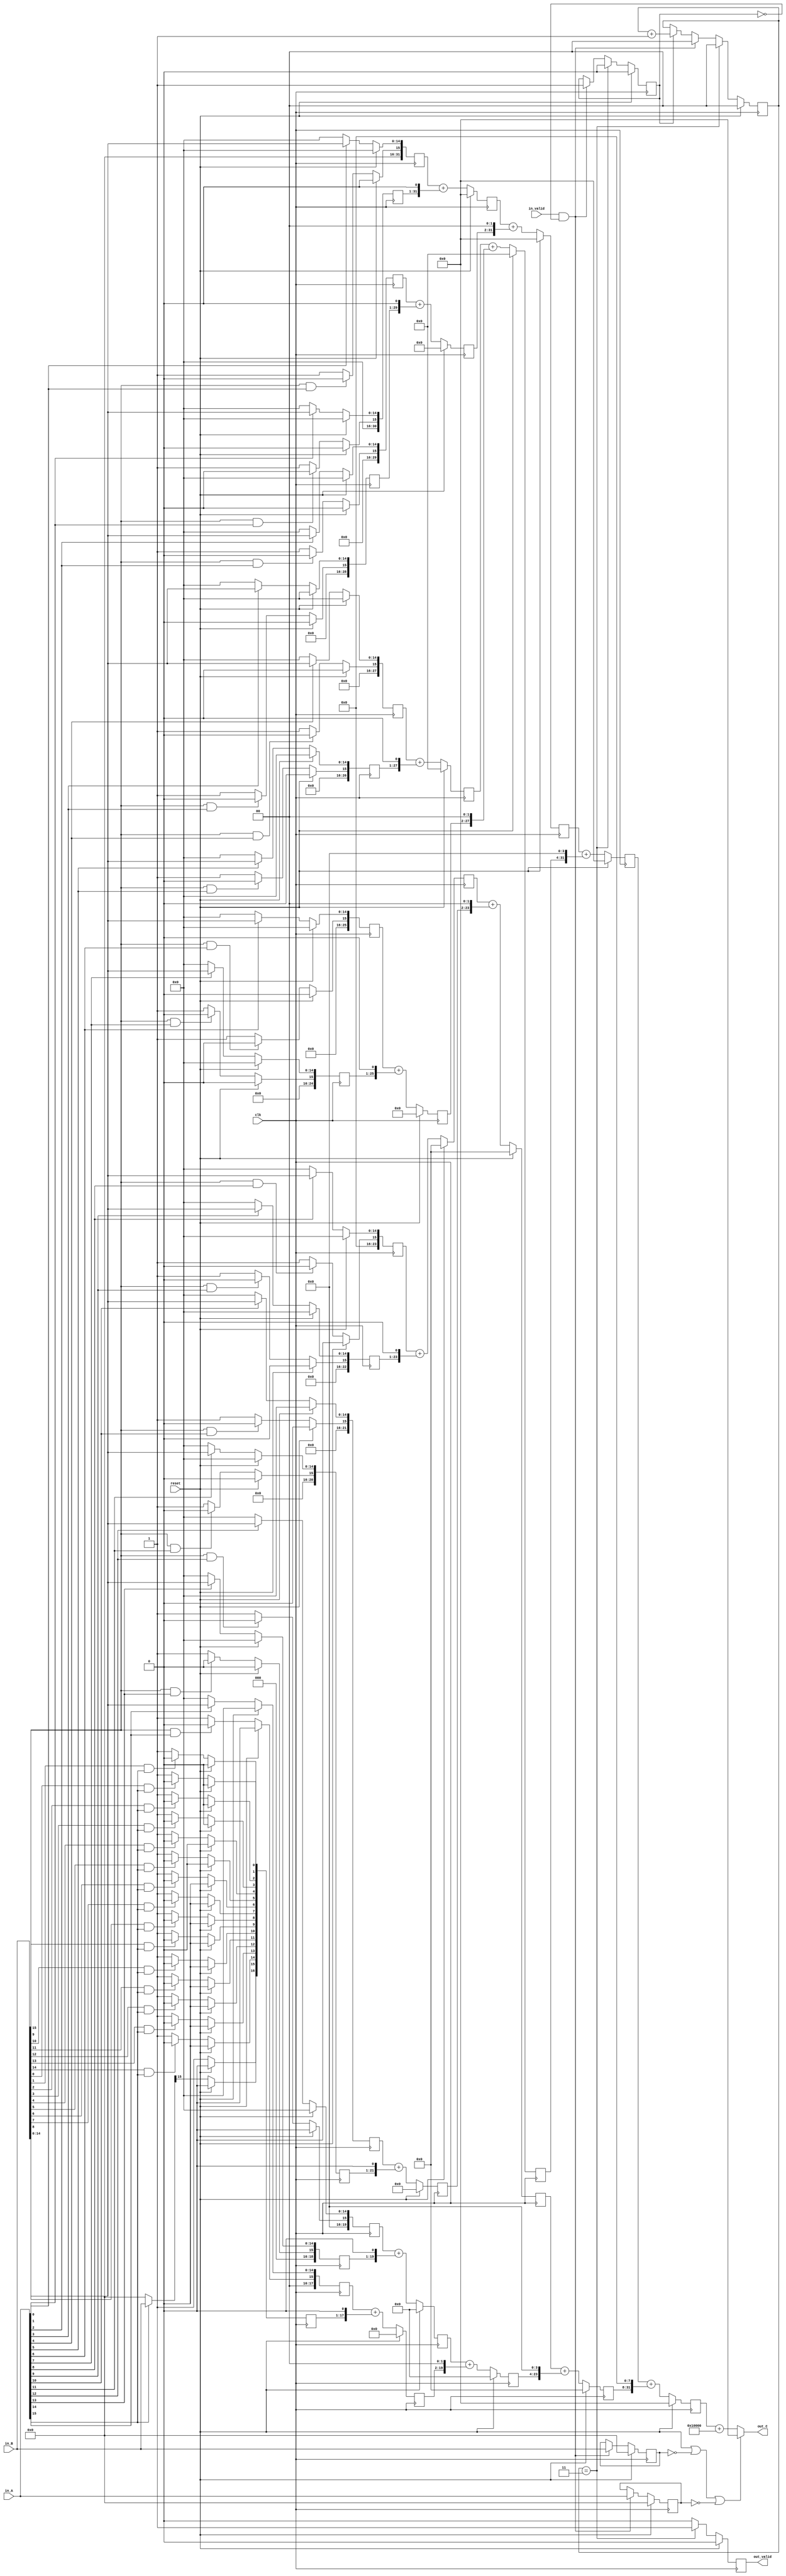
module multiply #(parameter A_WIDTH=16, B_WIDTH=16)
(clk, reset, in_valid, out_valid, in_A, in_B, out_C); // C=A*B

`ifdef FORMAL
parameter A_WIDTH = 6;
parameter B_WIDTH = 6;
`endif

input clk, reset;
input in_valid; // to signify that in_A, in_B are valid, multiplication process can start
input signed [(A_WIDTH-1):0] in_A;
input signed [(B_WIDTH-1):0] in_B;
output signed [(A_WIDTH+B_WIDTH-1):0] out_C;
output reg out_valid; // to signify that out_C is valid, multiplication finished

/* 
   This signed multiplier code architecture is a combination of row adder tree and 
   modified baugh-wooley algorithm, thus requires an area of O(N*M*logN) and time O(logN)
   with M, N being the length(bitwidth) of the multiplicand and multiplier respectively

   see https://i.imgur.com/NaqjC6G.png (1+1=10 in binary, but it is denoted as 2 here) or 
   Row Adder Tree Multipliers in http://www.andraka.com/multipli.php or
   https://pdfs.semanticscholar.org/415c/d98dafb5c9cb358c94189927e1f3216b7494.pdf#page=10
   regarding the mechanisms within all layers

   In terms of fmax consideration: In the case of an adder tree, the adders making up the levels
   closer to the input take up real estate (remember the structure of row adder tree).  As the 
   size of the input multiplicand bitwidth grows, it becomes more and more difficult to find a
   placement that does not use long routes involving multiple switch nodes for FPGA.  The result
   is the maximum clocking speed degrades quickly as the size of the bitwidth grows.

   For signed multiplication, see also modified baugh-wooley algorithm for trick in skipping 
   sign extension (implemented as verilog example in https://www.dsprelated.com/showarticle/555.php),
   thus smaller final routed silicon area.
   https://stackoverflow.com/questions/54268192/understanding-modified-baugh-wooley-multiplication-algorithm/

   All layers are pipelined, so throughput = one result for each clock cycle 
   but each multiplication result still have latency = NUM_OF_INTERMEDIATE_LAYERS 
*/


// The multiplication of two numbers is equivalent to adding as many copies of one 
// of them, the multiplicand, as the value of the other one, the multiplier.
// Therefore, multiplicand always have the larger width compared to multipliers

localparam SMALLER_WIDTH = (A_WIDTH <= B_WIDTH) ? A_WIDTH : B_WIDTH;
localparam LARGER_WIDTH = (A_WIDTH > B_WIDTH) ? A_WIDTH : B_WIDTH;

wire [(LARGER_WIDTH-1):0] MULTIPLICAND = (A_WIDTH > B_WIDTH) ? in_A : in_B ;
wire [(SMALLER_WIDTH-1):0] MULTIPLIER = (A_WIDTH <= B_WIDTH) ? in_A : in_B ;


// to keep the values of multiplicand and multiplier before the multiplication finishes 
reg signed [(LARGER_WIDTH-1):0] MULTIPLICAND_reg;
reg signed [(SMALLER_WIDTH-1):0] MULTIPLIER_reg;

always @(posedge clk)
begin
	if(reset) begin
		MULTIPLICAND_reg <= 0;
		MULTIPLIER_reg <= 0;
	end

	else if(in_valid && !multiply_had_started) 
	begin
		MULTIPLICAND_reg <= MULTIPLICAND;
		MULTIPLIER_reg <= MULTIPLIER;
	end
end


localparam NUM_OF_INTERMEDIATE_LAYERS = $clog2(SMALLER_WIDTH);


/*Binary multiplications and additions for partial products rows*/

// first layer has "SMALLER_WIDTH" entries of data of width "LARGER_WIDTH"
// This resulted in a binary tree with faster vertical addition processes as we have 
// lesser (NUM_OF_INTERMEDIATE_LAYERS) rows to add

// intermediate partial product rows additions
// Imagine a rhombus of height of "SMALLER_WIDTH" and width of "LARGER_WIDTH"
// being re-arranged into binary row adder tree
// such that additions can be done in O(logN) time

reg signed [(A_WIDTH+B_WIDTH-1):0] middle_layers[NUM_OF_INTERMEDIATE_LAYERS:0][0:(SMALLER_WIDTH-1)];

generate // duplicates the leafs of the binary tree

	// layer #0 means the youngest leaf, all the initial partial products are at this layer
	// layer #NUM_OF_INTERMEDIATE_LAYERS means the tree trunk, the final result is here
	genvar layer;

  	for(layer=0; layer<=NUM_OF_INTERMEDIATE_LAYERS; layer=layer+1) begin: intermediate_layers

		integer pp_index; // leaf index within each layer of the tree

		always @(posedge clk)
		begin
			if(reset) 
			begin
				for(pp_index=0; pp_index<SMALLER_WIDTH ; pp_index=pp_index+1)
					middle_layers[layer][pp_index] <= 0;
			end

			else begin		
	
				if(layer == 0)  // all partial products rows are in this first layer
				begin				
					// generation of partial products rows
					for(pp_index=0; pp_index<SMALLER_WIDTH ; pp_index=pp_index+1)
						middle_layers[layer][pp_index] <= MULTIPLIER[pp_index] ? MULTIPLICAND:0;	
						
					// see modified baugh-wooley algorithm: https://i.imgur.com/VcgbY4g.png from
					// page 122 of book: Ultra-Low-Voltage Design of Energy-Efficient Digital Circuits
					for(pp_index=0; pp_index<(SMALLER_WIDTH-1) ; pp_index=pp_index+1) // MSB inversion
						middle_layers[layer][pp_index][LARGER_WIDTH-1] <= 
					    (MULTIPLICAND[LARGER_WIDTH-1] & MULTIPLIER[pp_index]) ? 0:1;
						
					for(pp_index=0; pp_index<(LARGER_WIDTH-1) ; pp_index=pp_index+1) // last partial product row inversion
						middle_layers[layer][SMALLER_WIDTH-1][pp_index] <= 
						(MULTIPLICAND[pp_index] & MULTIPLIER[SMALLER_WIDTH-1]) ? 0:1;

					middle_layers[layer][SMALLER_WIDTH-1][LARGER_WIDTH] <= 1;
				end
				
				// Why    << (1<<(layer-1))    ?
				// Consider the case when SMALLER_WIDTH is not of power of two (2^x)
				// we need to fit in SMALLER_WIDTH rows of partial product into the binary tree
				else if(layer == NUM_OF_INTERMEDIATE_LAYERS)
				begin
						middle_layers[layer][0] <= 
						middle_layers[layer-1][0] +
    	          	   (middle_layers[layer-1][1] << (1<<(NUM_OF_INTERMEDIATE_LAYERS-1)));					
				end
				
				// adding the partial product rows according to row adder (binary) tree architecture
				else begin
					for(pp_index=0; pp_index< $ceil($itor(SMALLER_WIDTH)/(1 << layer)) ; pp_index=pp_index+1)
					begin
						if(pp_index==0)
							middle_layers[layer][pp_index] <=
							middle_layers[layer-1][0] +
		              	   (middle_layers[layer-1][1] << (1<<(layer-1)));

						else begin
							// ensures that the previous layer has valid item to be added
							if(((pp_index<<1)+1) < $ceil($itor(SMALLER_WIDTH)/(1 << (layer-1))))
							 middle_layers[layer][pp_index] <=
							 middle_layers[layer-1][pp_index<<1] +
		              		(middle_layers[layer-1][(pp_index<<1) + 1] << (1<<(layer-1)));

							// take care of odd value of multiplier (SMALLER_WIDTH) 
							// such as 3, so that the last odd partial row is forwarded
							// to the next layer for addition
							else 
							 middle_layers[layer][pp_index] <=
							 middle_layers[layer-1][pp_index<<1];
						end
		            end
		      	end
			end
		end
	end

endgenerate


assign out_C = (reset || (MULTIPLICAND_reg == 0) || (MULTIPLIER_reg == 0)) ? 0 :
			 	middle_layers[NUM_OF_INTERMEDIATE_LAYERS][0] 
				+ ((1 << (LARGER_WIDTH-1)) + (1 << (SMALLER_WIDTH-1)));

/*
This paragraph is to discuss the shortcomings of the published modified baugh-wooley algorithm
which does not handle the case where A_WIDTH != B_WIDTH

This code above had implemented the countermeasure described in https://i.imgur.com/8U3pX3C.png

The countermeasure does not do "To build a 6x4 multplier you can build a 6x6 multiplier, but replicate 
the sign bit of the short word 3 times, and ignore the top 2 bits of the result." , instead it uses 
some smart tricks/logic discussed in https://www.reddit.com/r/algorithms/comments/ar40e4/modified_baughwooley_multiplication_algorithm_for/egl46ml

Please use pencil and paper method (and signals waveform) to verify or understand this.
I did not do a rigorous math proof on this countermeasure.

The countermeasure is considered successful when assert(out_C == (MULTIPLICAND_reg * MULTIPLIER_reg)); 
passed during cover() verification
*/



/*Checking if the final multiplication result is ready or not*/

reg [($clog2(NUM_OF_INTERMEDIATE_LAYERS)-1):0] out_valid_counter; // to track the multiply stages
reg multiply_had_started;

always @(posedge clk)
begin
	if(reset) 
	begin
		multiply_had_started <= 0;
		out_valid <= 0;
		out_valid_counter <= 0;
	end

	else if(out_valid_counter == NUM_OF_INTERMEDIATE_LAYERS-1) begin
		multiply_had_started <= 0;
		out_valid <= 1;
		out_valid_counter <= 0;
	end
	
	else if(in_valid && !multiply_had_started) begin
		multiply_had_started <= 1;
		out_valid <= 0; // for consecutive multiplication
		out_valid_counter <= 0;
	end
	
	else begin
		out_valid <= 0;
		if(multiply_had_started) out_valid_counter <= out_valid_counter + 1;
	end
end


`ifdef FORMAL

reg sign_bit;

always @(posedge clk)
begin
	if(in_valid && !multiply_had_started)
		sign_bit <= MULTIPLICAND[LARGER_WIDTH-1] ^ MULTIPLIER[SMALLER_WIDTH-1];
end

initial assume(reset);
initial assume(in_valid == 0);


always @(posedge clk)
begin
	if(reset) assert(out_C == 0);
	
	else if(out_valid) 
	begin
		if((MULTIPLICAND_reg == 0) || (MULTIPLIER_reg == 0)) 
			assert(out_C == 0);

		else begin
			assert(out_C == (MULTIPLICAND_reg * MULTIPLIER_reg));
			assert(out_C[A_WIDTH+B_WIDTH-1] == sign_bit);
		end
	end
end

`endif

`ifdef FORMAL

wire signed [(A_WIDTH-1):0] negative_value_for_A = $anyconst;
wire signed [(A_WIDTH-1):0] positive_value_for_A = $anyconst;

wire signed [(B_WIDTH-1):0] negative_value_for_B = $anyconst;
wire signed [(B_WIDTH-1):0] positive_value_for_B = $anyconst;

always @(posedge clk)
begin
	assume(negative_value_for_A < 0);
	assume(negative_value_for_B < 0);

	assume(positive_value_for_A > 0);
	assume(positive_value_for_B > 0);
	
	cover(in_valid && (in_A == positive_value_for_A) && (in_B == positive_value_for_B));
	cover(in_valid && (in_A == negative_value_for_A) && (in_B == positive_value_for_B));
	cover(in_valid && (in_A == positive_value_for_A) && (in_B == negative_value_for_B));
	cover(in_valid && (in_A == negative_value_for_A) && (in_B == negative_value_for_B));
	//cover(in_valid && (in_A == -2) && (in_B == -22));

	cover(out_valid);
end

`endif

endmodule